Annual statistical returns and brief notes on vaccination in Bengal - 1896-1909
Year: 1896
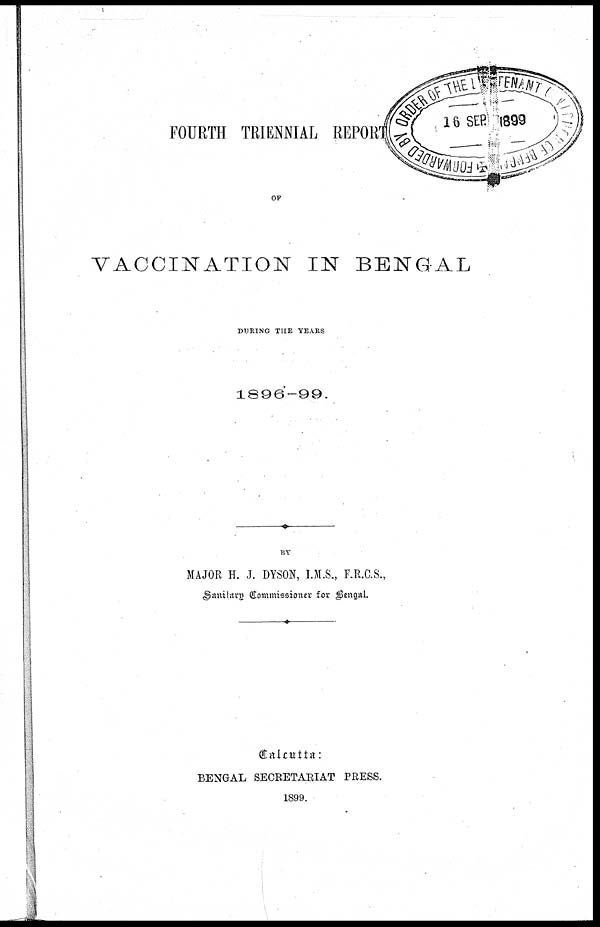
FOURTH TRIENNIAL REPORT
OF
VACCINATION IN BENGAL
DURING THE YEARS
1896-99.
BY
MAJOR H. J. DYSON, I.M.S., F.R.C.S.,
Sanitary Commissioner for Bengal.
Calcutta:
BENGAL SECRETARIAT PRESS.
1899.